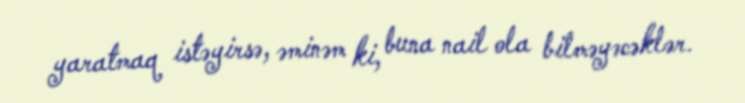
yaratmaq istəyirsə, əminəm ki, buna nail ola bilməyəcəklər.